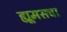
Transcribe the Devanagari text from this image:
ह्यूमसचा